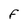
Character: F